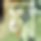
সা